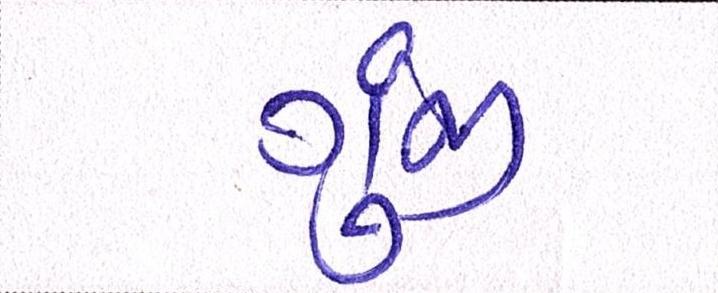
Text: ગુંજી